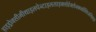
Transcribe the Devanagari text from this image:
हाइड्रोक्सीमीथाइलपेन्टाइलसाइक्लोहेक्सेनकार्बोक्सिअल्डिहाइड